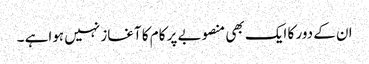
ان کے دور کا ایک بھی منصوبے پر کام کا آغاز نہیں ہواہے ۔